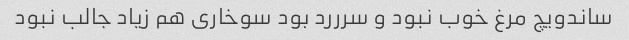
ساندویچ مرغ خوب نبود و سرررد بود سوخاری هم زیاد جالب نبود